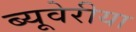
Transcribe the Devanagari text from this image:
ब्‍यूवेरीया